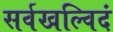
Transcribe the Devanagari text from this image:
सर्वखल्विदं